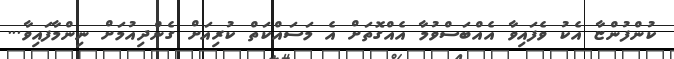
ކުންފުންޏާ އެކު ވެފައިވާ އެއްބަސްވުމާ އެއްގޮތަށް އެ މަސައްކަތް ކުރިއަށް ގެންދިއުމަށް ނިންމާފައިވާ...